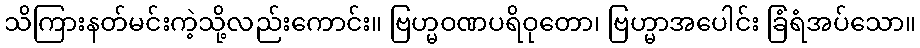
သိကြားနတ်မင်းကဲ့သို့လည်းကောင်း။ ဗြဟ္မဝဏပရိဝုတော၊ ဗြဟ္မာအပေါင်း ခြံရံအပ်သော။